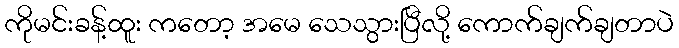
ကိုမင်းခန့်ထူး ကတော့ အမေ သေသွားပြီလို့ ကောက်ချက်ချတာပဲ